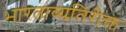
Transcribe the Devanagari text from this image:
भारताव्यतिरीक्त